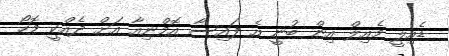
ޑެއިލީ މެއިލް އިން ބުނީ އެ ފައިސާ އޮމްނިއާ އަށް ދެއްކީ މޮހޯ